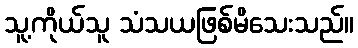
သူ့ကိုယ်သူ သံသယဖြစ်မိသေးသည်။